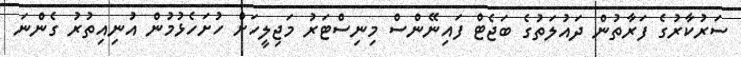
ސަރުކާރުގެ ފަރާތުން ދައުލަތުގެ ބަޖެޓް ފައިނޭންސް މިނިސްޓަރު މަޖިލީހަށް ހުށަހެޅުމުން އުނިއިތުރު ގެންނަ